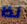
لذا